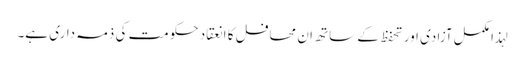
لہذا مکمل آزادی اور تحفظ کے ساتھ ان محافل کا انعقاد حکومت کی ذمہ داری ہے۔